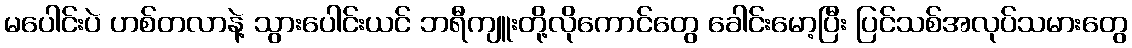
မပေါင်းပဲ ဟစ်တလာနဲ့ သွားပေါင်းယင် ဘရီကျူးတို့လိုကောင်တွေ ခေါင်းမော့ပြီး ပြင်သစ်အလုပ်သမားတွေ